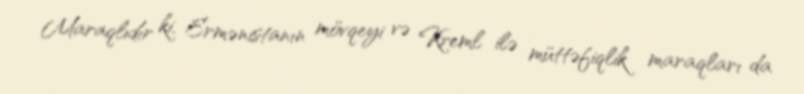
Maraqlıdır ki, Ermənistanın mövqeyi və Kreml ilə müttəfiqlik maraqları da